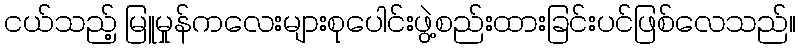
ငယ်သည့် မြူမှုန်ကလေးများစုပေါင်းဖွဲ့စည်းထားခြင်းပင်ဖြစ်လေသည်။